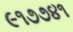
૯૧૭૭૪૧